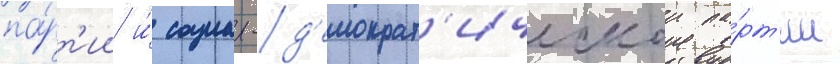
па́рт'ии и́ социал-д'емократ'ическои па́рт'ии